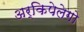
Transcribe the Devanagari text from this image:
अर्किपेलेगो